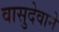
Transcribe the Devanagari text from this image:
वासुदेवाने